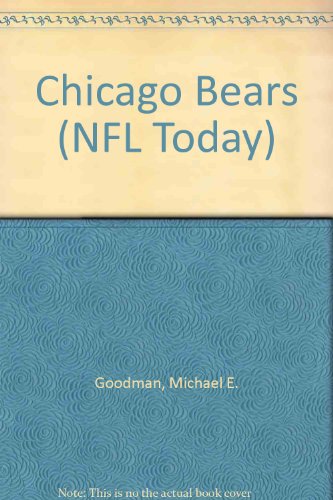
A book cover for Chicago Bears (NFL Today); Michael E. Goodman; Teen & Young Adult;